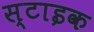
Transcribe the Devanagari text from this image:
स्टाइक